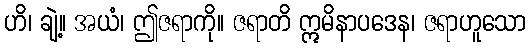
ဟိ၊ ချဲ့။ အယံ၊ ဤဇရာကို။ ဇရာတိ ဣမိနာပဒေန၊ ဇရာဟူသော